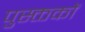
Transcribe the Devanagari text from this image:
पुस्क्तकों